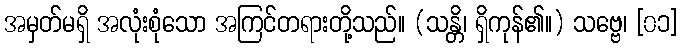
အမှတ်မရှိ အလုံးစုံသော အကြင်တရားတို့သည်။ (သန္တိ၊ ရှိကုန်၏။) သဗ္ဗေ၊ [၀၁]